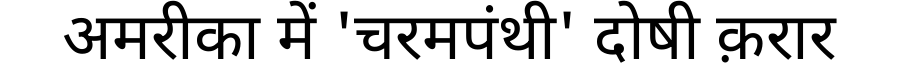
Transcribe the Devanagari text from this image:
अमरीका में 'चरमपंथी' दोषी क़रार